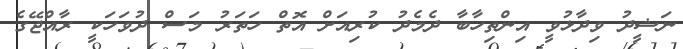
ނަޝީދު ވިދާޅުވީ އިންތިހާބާ ދެމެދު ކުރިއަށް އޮތް ހަތަރު މަސް ދުވަހަކީ ރާއްޖޭގެ